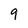
Character: 9